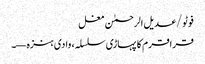
فوٹو/عدیل الرحمٰن مغل
قراقرم کا پہاڑی سلسلہ، وادی ہنزہ—۔